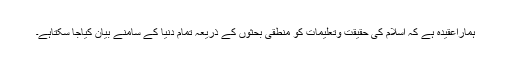
ہماراعقیدہ ہے کہ اسلام کی حقیقت وتعلیمات کو منطقی بحثوں کے ذریعہ تمام دنیا کے سامنے بیان کیاجا سکتاہے۔